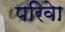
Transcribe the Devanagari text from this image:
परिवेा